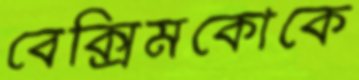
বেক্সিমকোকে